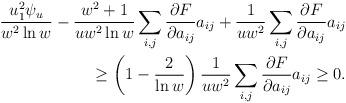
LaTeX: \begin{align*}\begin{aligned}\frac{u^2_1 \psi_u}{w^2 \ln w} - \frac{w^2 + 1}{u w^2 \ln w} \sum_{i,j} \frac{\partial F}{\partial a_{ij}} a_{ij} + \frac{1}{u w^2} \sum_{i,j} \frac{\partial F}{\partial a_{ij}} a_{ij} \\\geq \left( 1 - \frac{2}{ \ln w} \right)\frac{1}{u w^2} \sum_{i,j} \frac{\partial F}{\partial a_{ij}} a_{ij} \geq 0.\end{aligned}\end{align*}